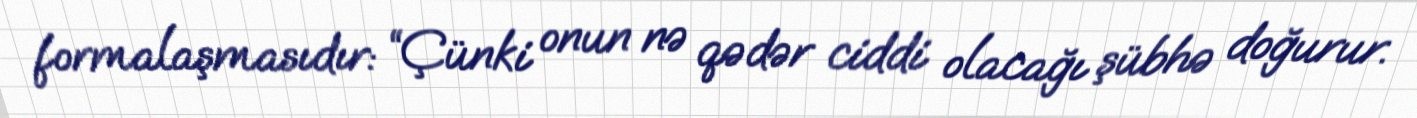
formalaşmasıdır: “Çünki onun nə qədər ciddi olacağı şübhə doğurur.